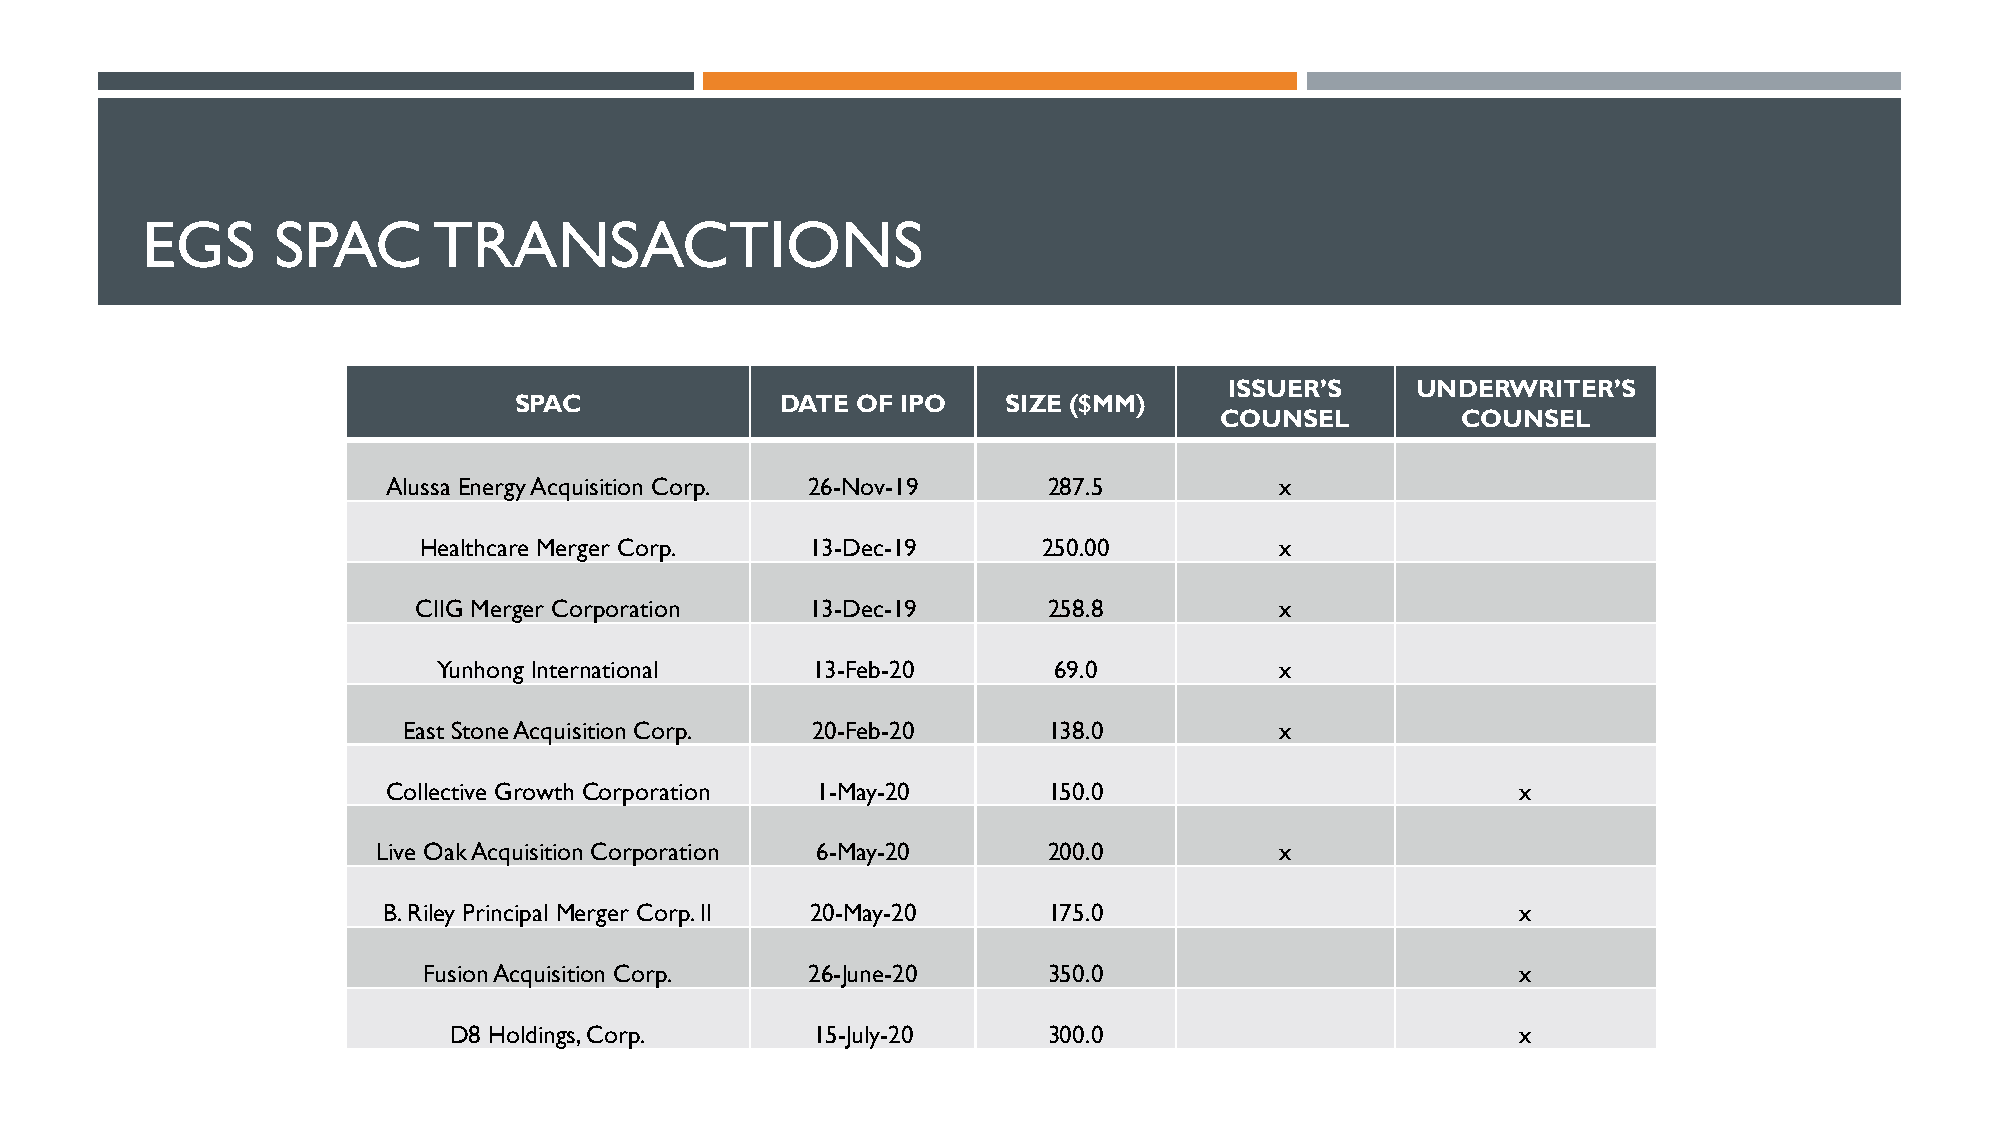
EGS      SPAC       TRANSACTIONS
 ISSUER’S     UNDERWRITER’S
 SPAC              DATE OF IPO    SIZE ($MM)
 COUNSEL         COUNSEL
 Alussa Energy Acquisition Corp. 26-Nov-19  287.5           x
 Healthcare Merger Corp.   13-Dec-19      250.00          x
 CIIG Merger Corporation    13-Dec-19      258.8           x
 Yunhong International    13-Feb-20       69.0           x
 East Stone Acquisition Corp. 20-Feb-20    138.0           x
 Collective Growth Corporation 1-May-20     150.0                           x
 Live OakAcquisition Corporation 6-May-20    200.0           x
 B. Riley Principal Merger Corp. II 20-May-20 175.0                          x
 Fusion Acquisition Corp. 26-June-20      350.0                           x
 D8 Holdings, Corp.      15-July-20     300.0                           x